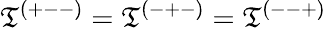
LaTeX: \mathfrak{T}^{(+--)}=\mathfrak{T}^{(-+-)}=\mathfrak{T}^{(--+)}